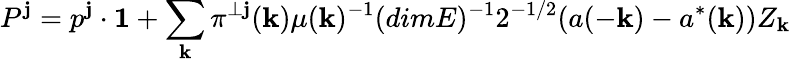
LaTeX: P^{\mathbf{j}}=p^{\mathbf{j}}\cdot{\mathbf{1}}+\sum_{\mathbf{k}}\pi^{\perp\mathbf{j}}({\mathbf{k}})\mu({\mathbf{k}})^{-1}(dimE)^{-1}2^{-1/2}(a(-{\mathbf{k}})-a^{*}({\mathbf{k}}))Z_{\mathbf{k}}